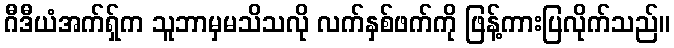
ဂီဒီယံအက်ရှ်က သူဘာမှမသိသလို လက်နှစ်ဖက်ကို ဖြန့်ကားပြလိုက်သည်။